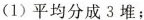
（1）平均分成3堆；